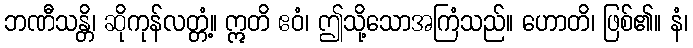
ဘဏီသန္တိ၊ ဆိုကုန်လတ္တံ့။ ဣတိ ဧဝံ၊ ဤသို့သောအကြံသည်။ ဟောတိ၊ ဖြစ်၏။ နံ၊